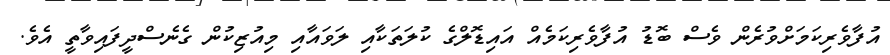
އުފާވެރިކަމަށްވުރެން ވެސް ބޮޑު އުފާވެރިކަމެއް އައިޑޮލްގެ ކުލަތަކާއި ލަވައާއި މިއުޒިކުން ގެނެސްދީފައިވާތީ އެވެ.